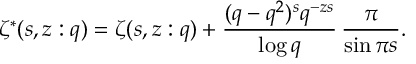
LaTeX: \zeta ^ { * } ( s , z : q ) = \zeta ( s , z : q ) + \frac { ( q - q ^ { 2 } ) ^ { s } q ^ { - z s } } { \log q } \, \frac { \pi } { \sin \pi s } .